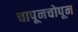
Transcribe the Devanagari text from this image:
चापूनचोपून